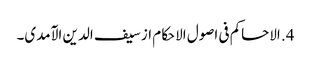
4. الاحاکم فی اصول الاحکام از سیف الدین الآمدی۔